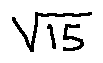
\sqrt { 1 5 }